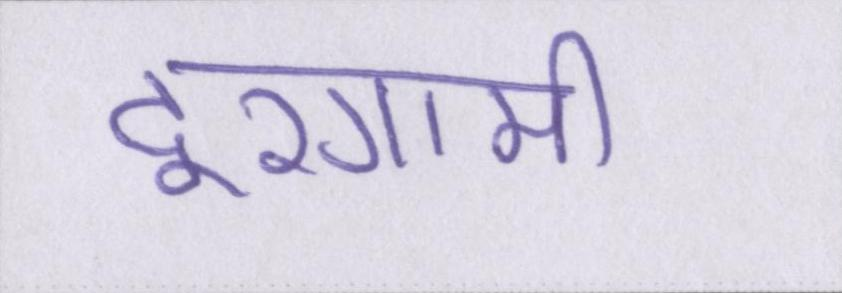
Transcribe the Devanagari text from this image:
दूरगामी